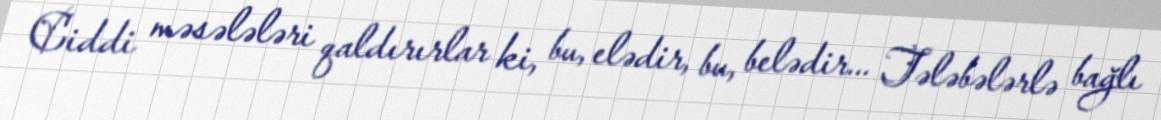
Ciddi məsələləri qaldırırlar ki, bu, elədir, bu, belədir... Tələbələrlə bağlı